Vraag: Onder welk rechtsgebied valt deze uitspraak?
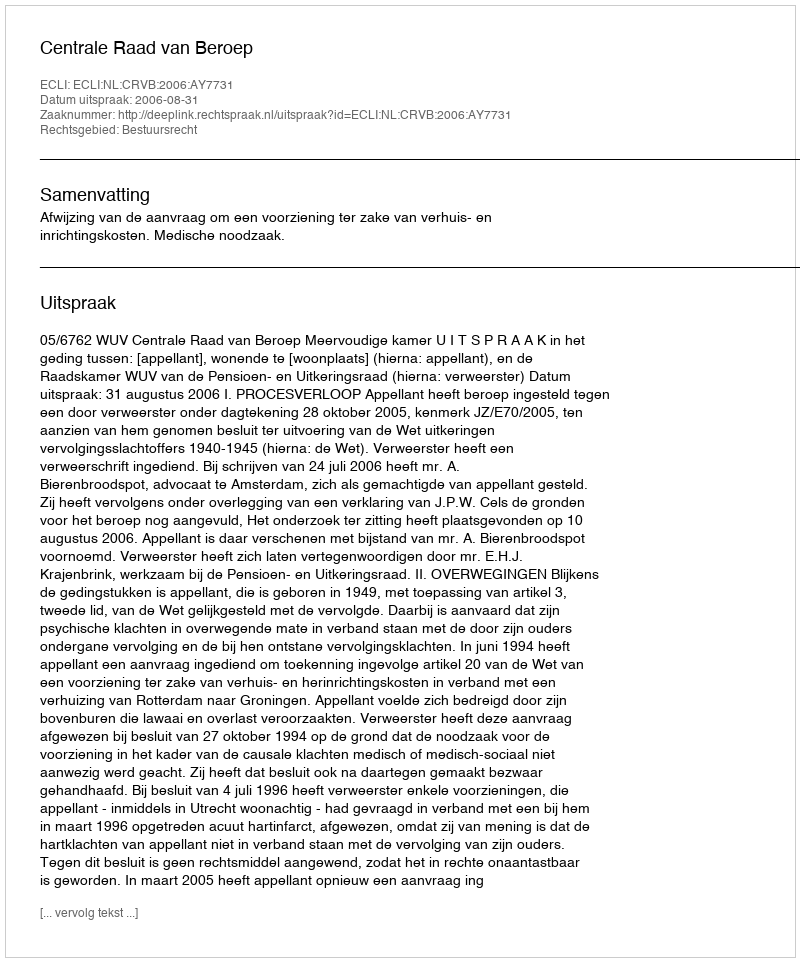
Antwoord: Bestuursrecht